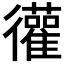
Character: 𫹩